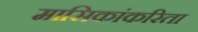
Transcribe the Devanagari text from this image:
मासिकांकरिता